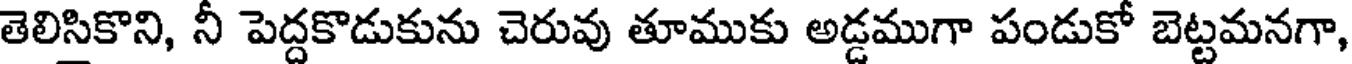
తెలిసికొని, నీ పెద్దకొడుకును చెరువు తూముకు అడ్డముగా పండుకో బెట్టమనగా,